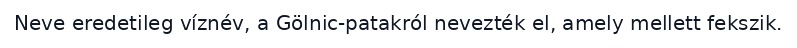
Neve eredetileg víznév, a Gölnic-patakról nevezték el, amely mellett fekszik.